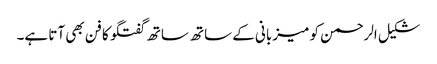
شکیل الرحمن کو میزبانی کے ساتھ ساتھ گفتگو کا فن بھی آتا ہے۔